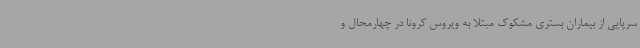
سرپایی از بیماران بستری مشکوک مبتلا به ویروس کرونا در چهارمحال و